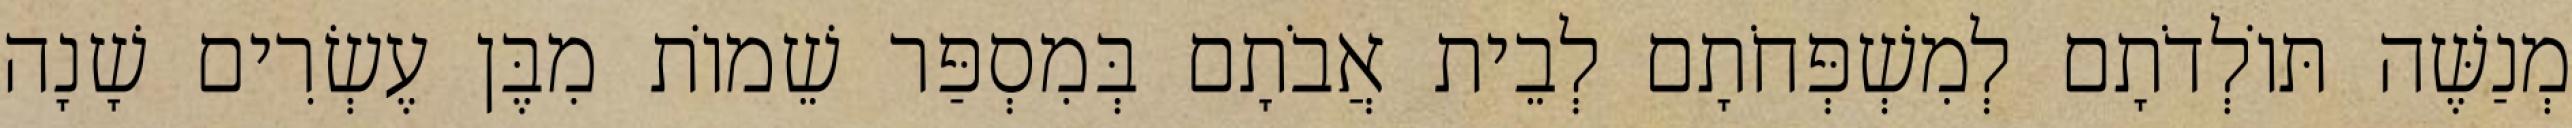
מְנַשֶּׁה תּוֹלְדֹתָם לְמִשְׁפְּחֹתָם לְבֵית אֲבֹתָם בְּמִסְפַּר שֵׁמוֹת מִבֶּן עֶשְׂרִים שָׁנָה